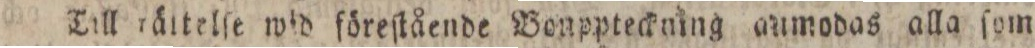
Till räitelſe wid föreſtående Vonppteckning anmodas alla ſom